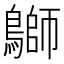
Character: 鶳